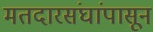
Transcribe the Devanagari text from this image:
मतदारसंघांपासून